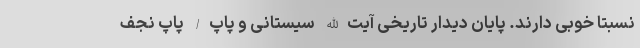
نسبتا خوبی دارند. پایان دیدار تاریخی آیت‌الله سیستانی و پاپ/ پاپ نجف